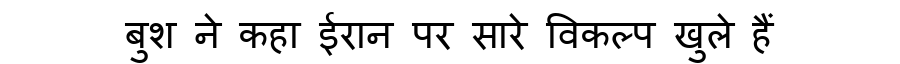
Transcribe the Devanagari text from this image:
बुश ने कहा ईरान पर सारे विकल्प खुले हैं